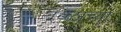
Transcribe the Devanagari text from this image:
देव्ळाच्या